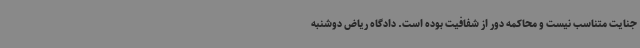
جنایت متناسب نیست و محاکمه دور از شفافیت بوده است. دادگاه ریاض دوشنبه